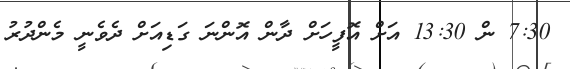
7:30 ން 13:30 އަށް އޮފީހަށް ދާން އޮންނަ ގަޑިއަށް ދެވެނީ މެންދުރު